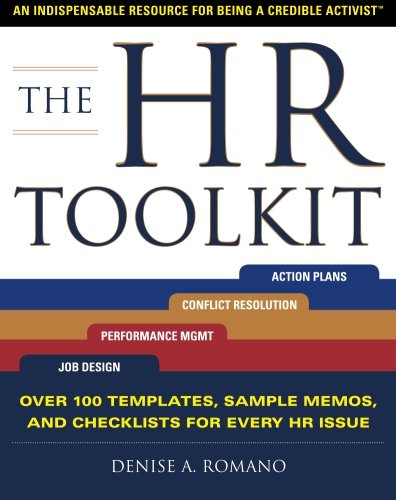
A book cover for The HR Toolkit: An Indispensable Resource for Being a Credible Activist; Denise Romano; Law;